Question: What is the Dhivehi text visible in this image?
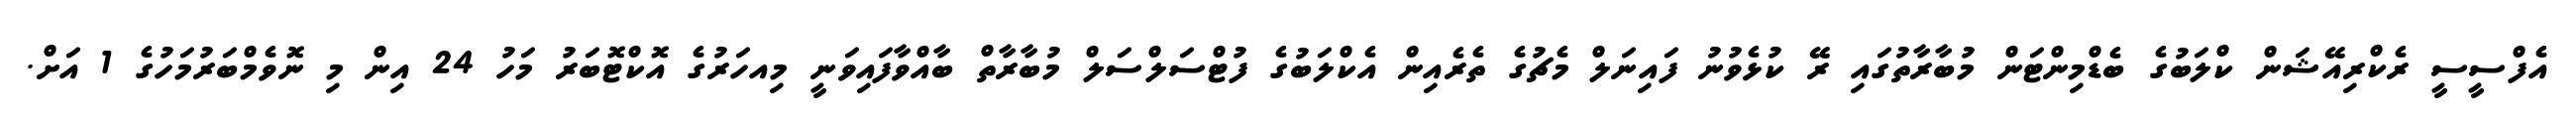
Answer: އެފްސީސީ ރެކްރިއޭޝަން ކްލަބުގެ ބެޑްމިންޓަން މުބާރާތުގައި ރޭ ކުޅެވުނު ފައިނަލް މެޗުގެ ތެރެއިން އެކްލަބުގެ ފުޓްސަލްސަލް މުބާރާތް ބާއްވާފައިވަނީ މިއހަރުގެ އޮކްޓޮބަރު މަހު 24 އިން މި ނޮވެމްބަރުމަހުގެ 1 އަށް.